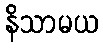
နိသာမယ